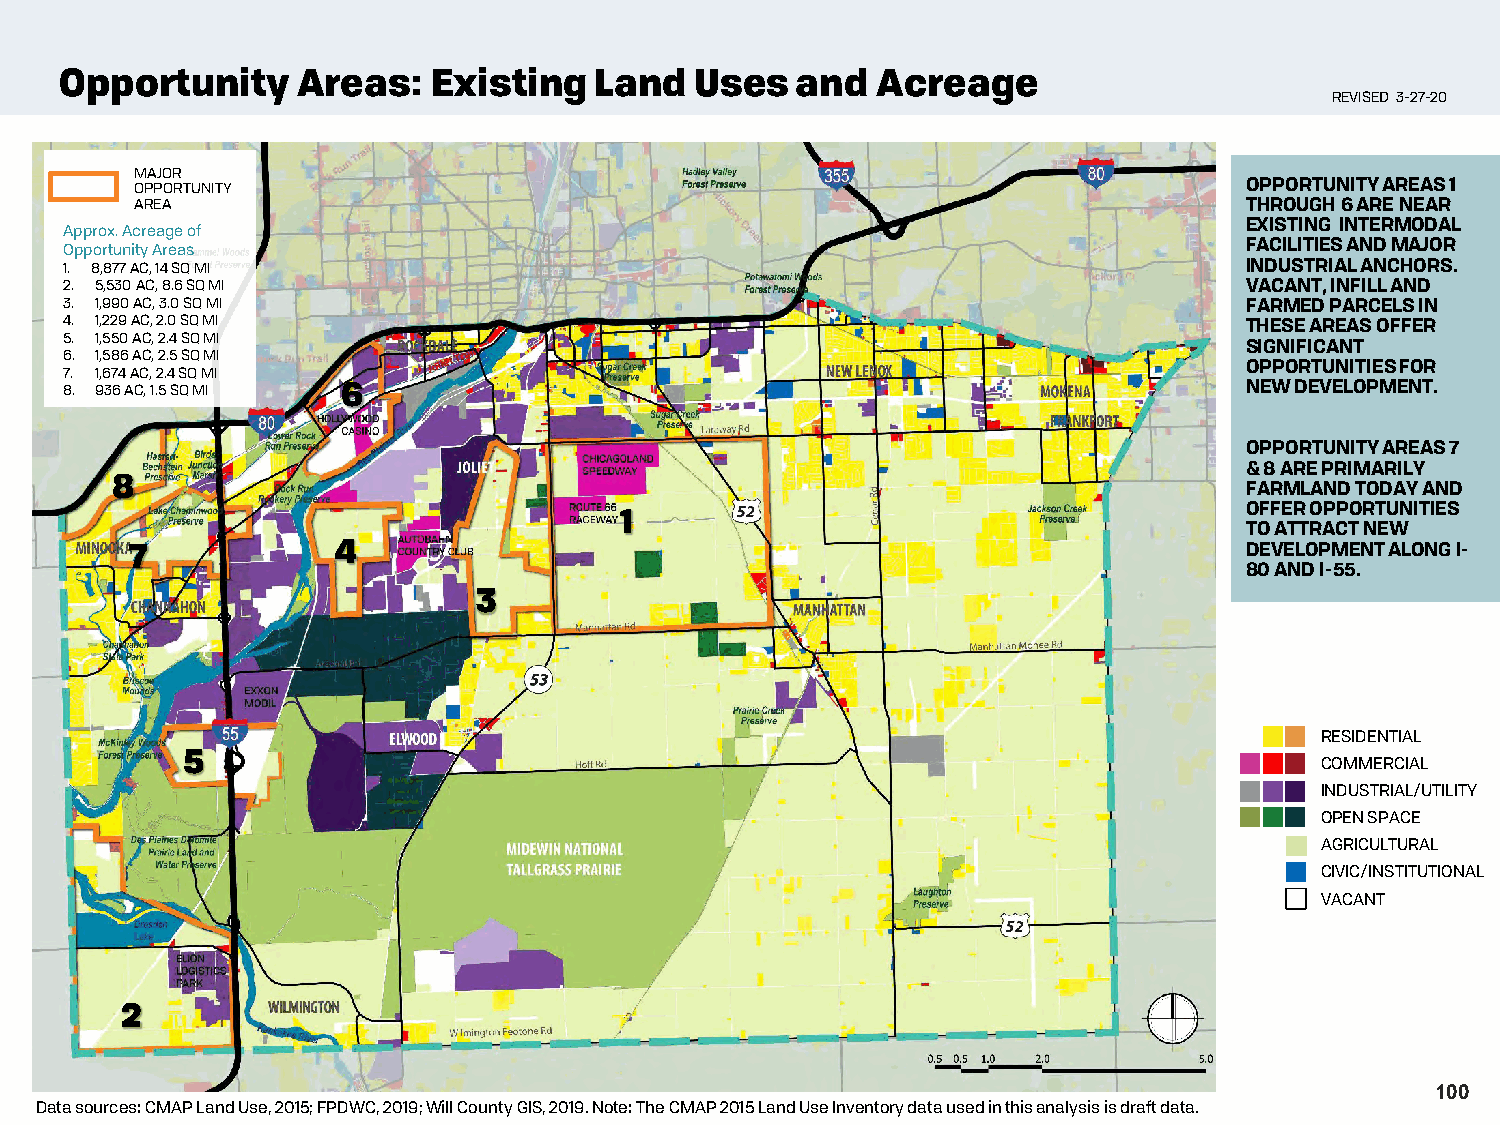
Opportunity     Areas:   Existing  Land   Uses   and  Acreage
 REVISED 3-27-20
 MAJOR
 OPPORTUNITY                                                              OPPORTUNITY AREAS 1
 AREA                                                                     THROUGH 6 ARE NEAR
 EXISTING INTERMODAL
 Approx. Acreage of
 Opportunity Areas                                                             FACILITIES AND MAJOR
 1. 8,877 AC, 14 SQ MI                                                         INDUSTRIAL ANCHORS.
 2. 5,530 AC, 8.6 SQ MI                                                        VACANT, INFILL AND
 3. 1,990 AC, 3.0 SQ MI                                                        FARMED PARCELS IN
 4. 1,229 AC, 2.0 SQ MI                                                        THESE AREAS OFFER
 5. 1,550 AC, 2.4 SQ MI
 SIGNIFICANT
 6. 1,586 AC, 2.5 SQ MI
 OPPORTUNITIES FOR
 7. 1,674 AC, 2.4 SQ MI
 8. 936 AC, 1.5 SQ MI 6                                                        NEW DEVELOPMENT.
 OPPORTUNITY AREAS 7
 & 8 ARE PRIMARILY
 8                                                                          FARMLAND TODAY AND
 OFFER OPPORTUNITIES
 1
 TO ATTRACT NEW
 7            4                                                           DEVELOPMENT ALONG I-
 80 AND I-55.
 3
 RESIDENTIAL
 5
 COMMERCIAL
 INDUSTRIAL/UTILITY
 OPEN SPACE
 AGRICULTURAL
 CIVIC/INSTITUTIONAL
 VACANT
 2
 100
 Data sources: CMAP Land Use, 2015; FPDWC, 2019; Will County GIS, 2019.Note: The CMAP 2015 Land Use Inventory data used in this analysis is draft data.